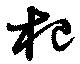
杞